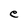
Character: e